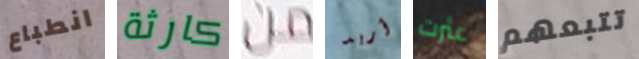
انطباع كارثة من أريد عثرت تتبعهم